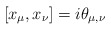
\begin{align*}[x_\mu,x_\nu] = i \theta_{\mu,\nu}\end{align*}